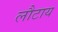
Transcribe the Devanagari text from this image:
लौटाय